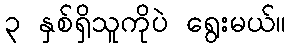
၃ နှစ်ရှိသူကိုပဲ ရွေးမယ်။